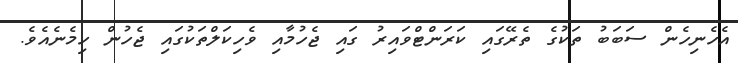
އެހެނިހެން ސަބަބު ތަކުގެ ތެރޭގައި ކަރަންޓްވައިރު ގައި ޖެހުމާއި ވެހިކަލްތަކުގައި ޖެހުން ހިމެނެއެވެ.